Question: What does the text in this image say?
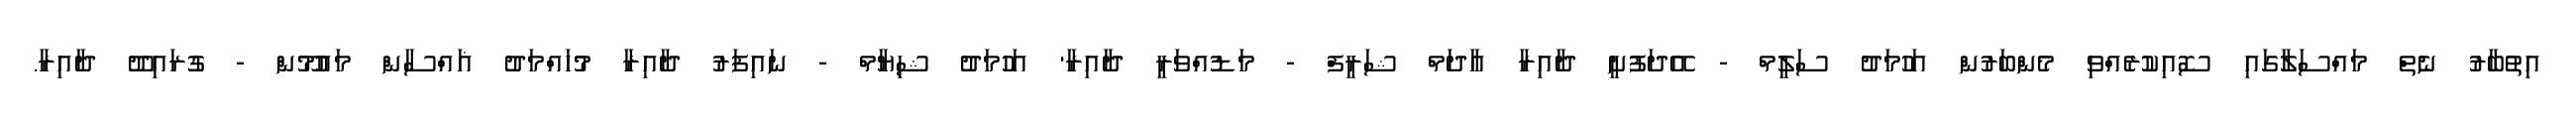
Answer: އިތުބާރު ނެތް މައްސަލާގައި ސޮއިކުރެއްވި މެންބަރުން އަހުމަދު ސަލީމް - އޭދަފުށީ ދާއިރާ އާދަމް ޝަރީފް - މަޑުއްވަރީ ދާއިރާ' އަހުމަދު ޝިޔާމް - ނައިފަރު ދާއިރާ މުހައްމަދު ޣައްސާން މައުމޫން - ގުރައިދޫ ދާއިރާ.